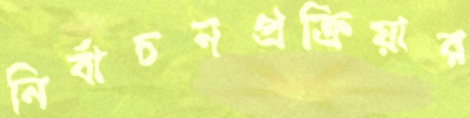
নির্বাচনপ্রক্রিয়ার